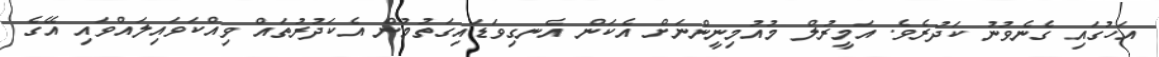
އަހުގައި ގެނެވުނު ކަދުރެވެ. އަމީރުލް މުއުމިނީންނަށް އެކަން އެނގިވަޑައިގަތުމުން އެކަދުރުތައް ވިއްކަވައިލައްވައި އޭގެ